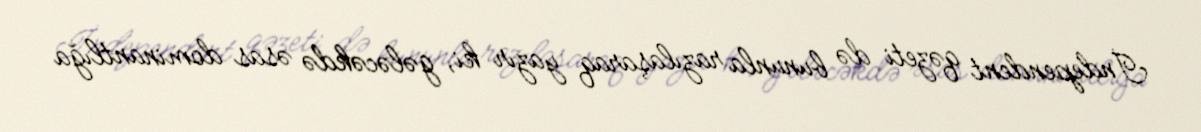
İndependent qəzeti də bununla razılaşaraq yazır ki, gələcəkdə əsas dominantlığa